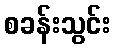
စခန်းသွင်း